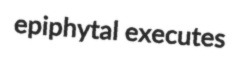
epiphytal executes